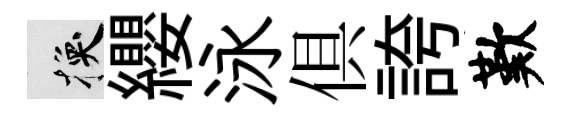
换纓泳俱誇歎